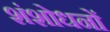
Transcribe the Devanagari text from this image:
शंशोधनों